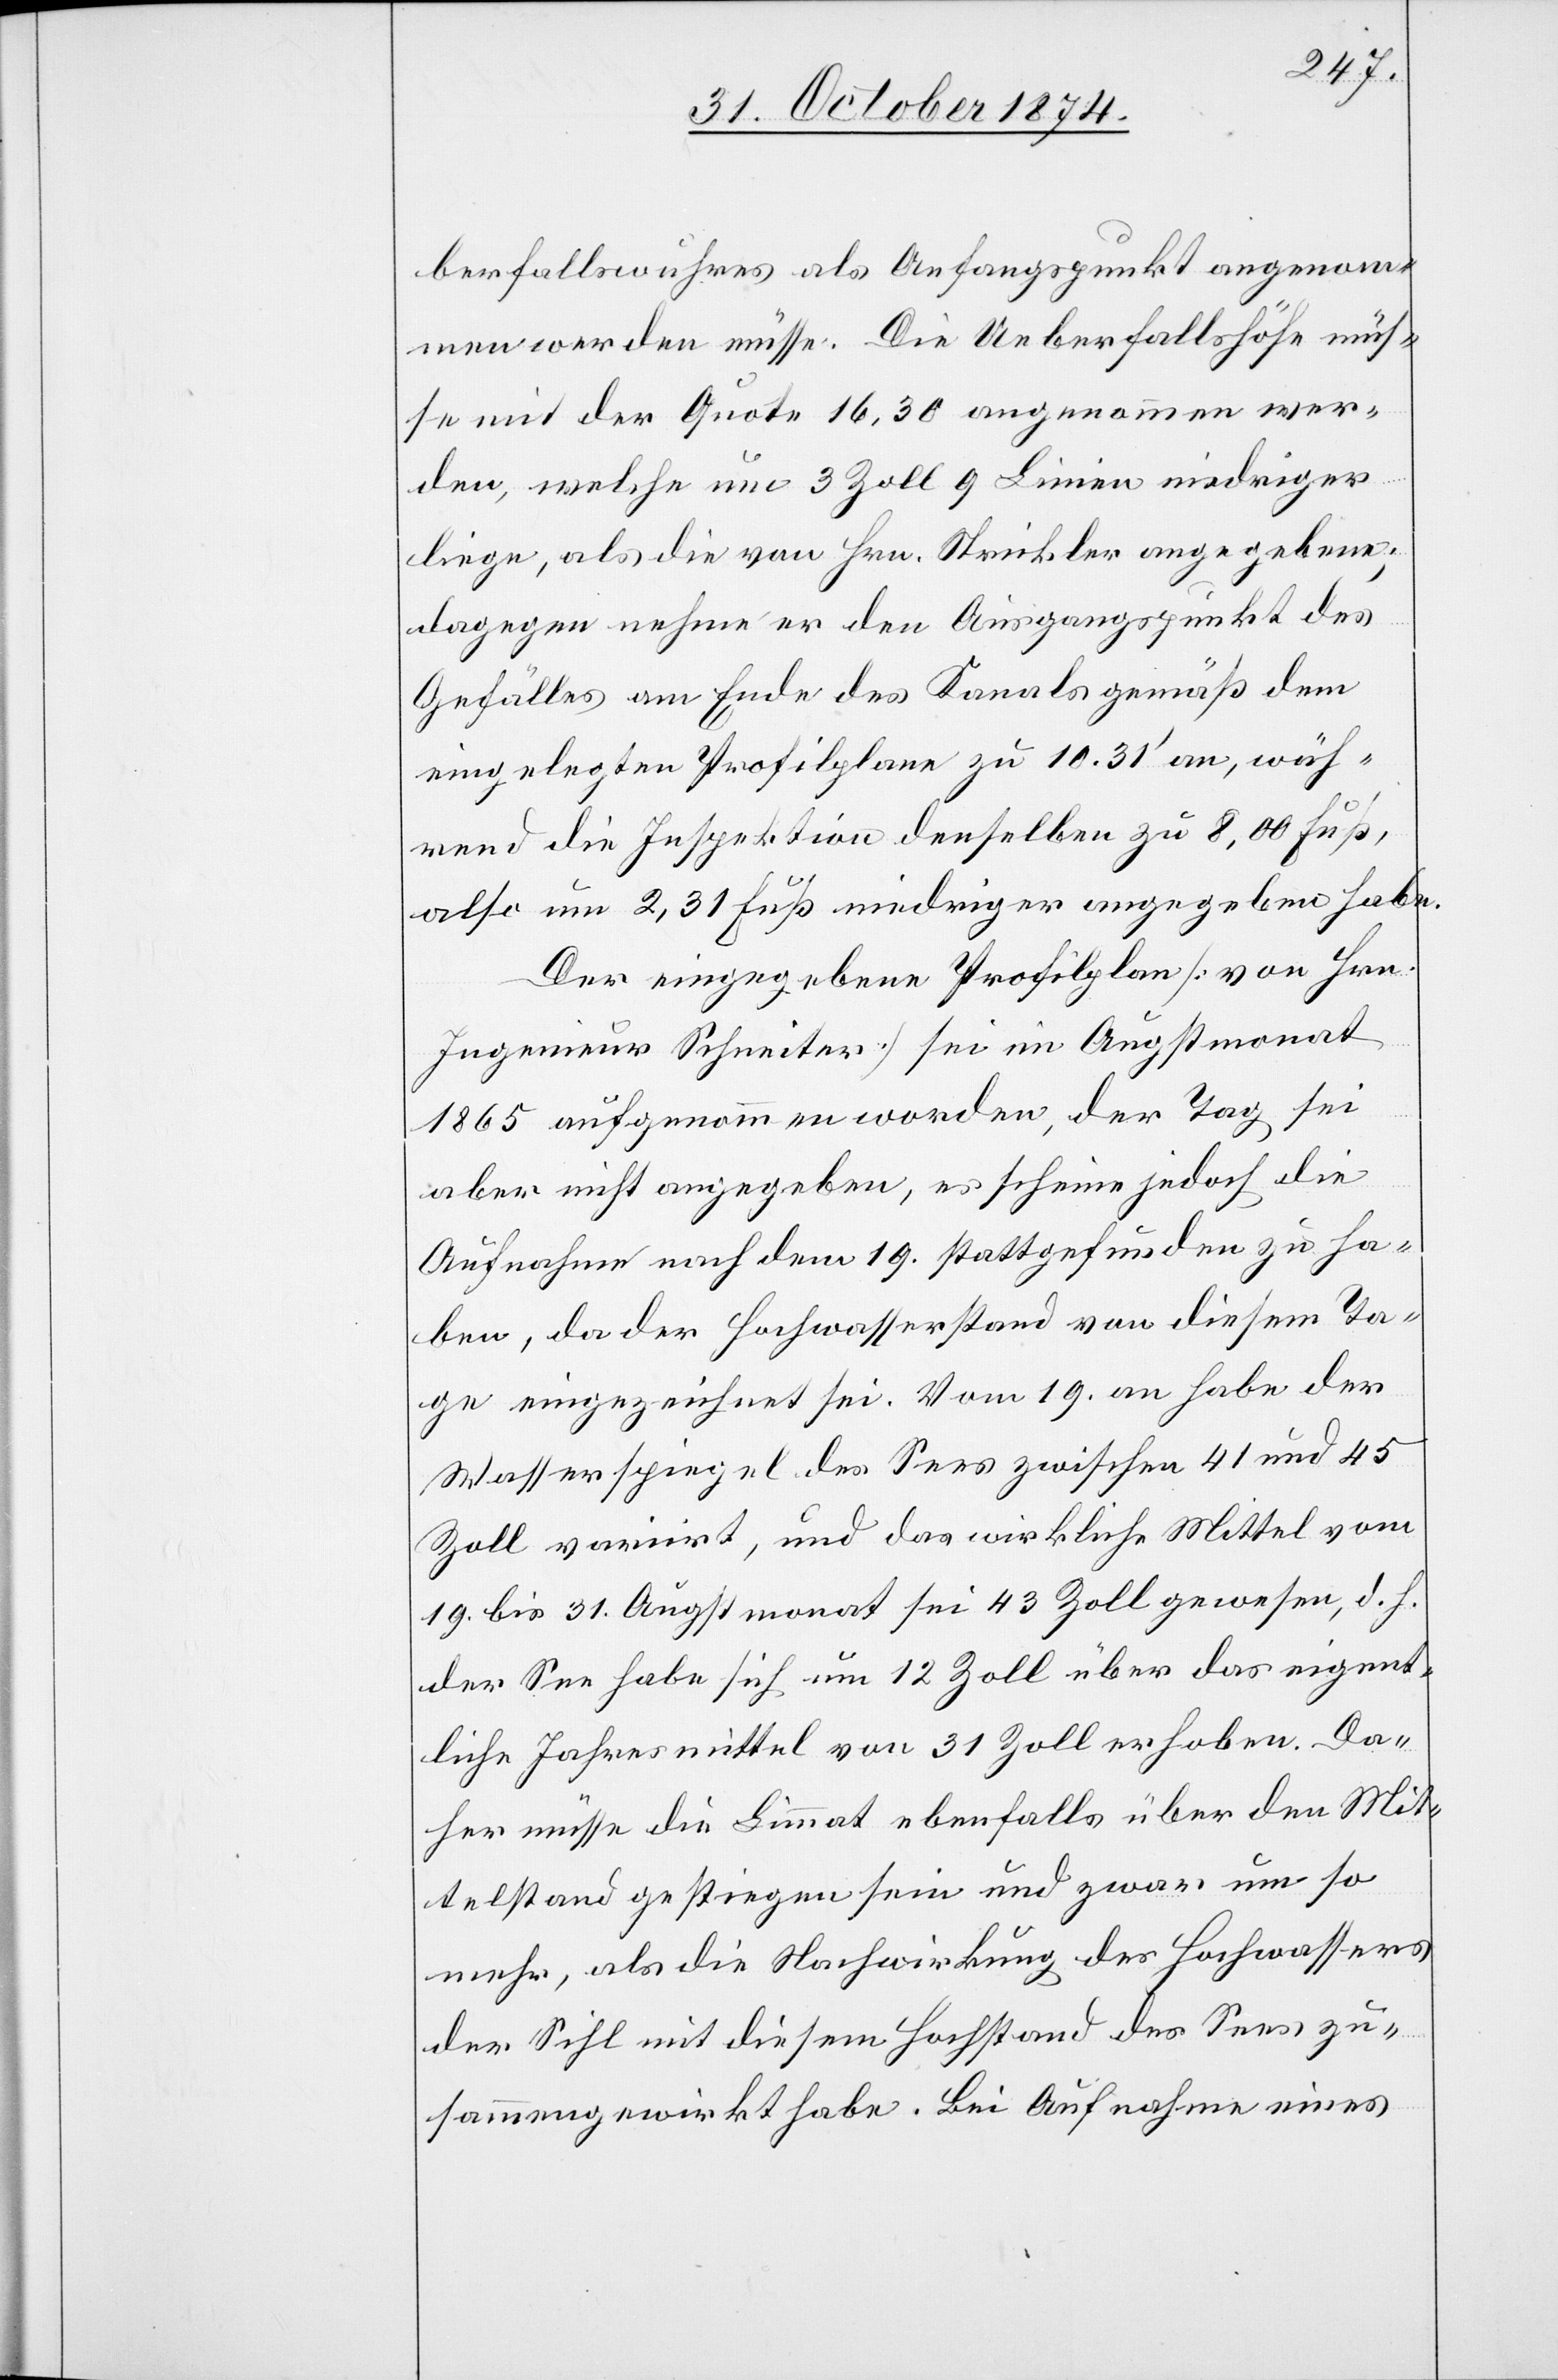
berfallswuhres als Anfangspunkt angenom¬
men werden müsse. Die Ueberfallshöhe müs¬
se mit der Quote 16,30 angenommen wer¬
den, welche um 3 Zoll 9 Linien niedriger
liege, als die von Hrn. Strickler angegeben;
dagegen nehme er den Ausgangspunkt des
Gefälles am Ende des Kanals gemäß dem
eingelegten Profilplane zu 10.31‘ an, wäh¬
rend die Inspektion denselben zu 8,00 Fuß,
also um 2,31 Fuß niedriger angegeben habe.
Der eingegebene Profilplan [von Hrn.
Ingenieur Schneiter] sei im Augstmonat
1865 aufgenommen worden, der Tag sei
aber nicht angegeben, es scheine jedoch die
Aufnahme nach dem 19. stattgefunden zu ha¬
ben, da der Hochwasserstand von diesem Ta¬
ge eingezeichnet sei. Vom 19. an habe der
Wasserspiegel des Sees zwischen 41 und 45
Zoll variirt, und das wirkliche Mittel vom
19. bis 31. Augstmonat sei 43 Zoll gewesen, d. h.
der See habe sich um 12 Zoll über das eigent¬
liche Jahresmittel von 31 Zoll erhoben. Da¬
her müsse die Limmat ebenfalls über den Mit¬
telstand gestiegen sein und zwar um so
mehr, als die Nachwirkung des Hochwassers
der Sihl mit diesem Hochstand des Sees zu¬
sammengewirkt habe. Bei Aufnahme eines